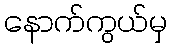
နောက်ကွယ်မှ